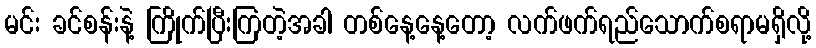
မင်း ခင်စန်းနဲ့ ကြိုက်ပြီးကြတဲ့အခါ တစ်နေ့နေ့တော့ လက်ဖက်ရည်သောက်စရာမရှိလို့